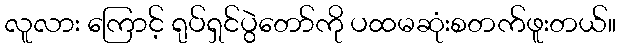
လူလား ကြောင့် ရုပ်ရှင်ပွဲတော်ကို ပထမဆုံးစတက်ဖူးတယ်။